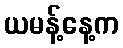
ယမန့်နေ့က